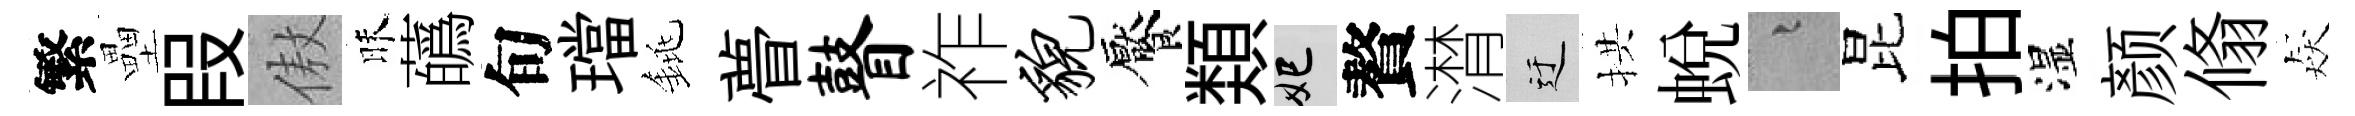
繁壘叚傲昧蘤旬璫銚瞢瞽祚貌饜𩔖妃贅潸迂拱蛻融昆拍湿颜翛猋